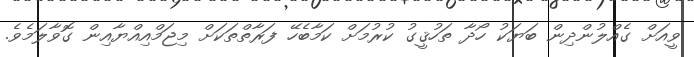
ވީއަށް ގެއްލުންދިން ބަޔަކު ހޯދާ ތަހުޤީގު ކުރުމަށް ކަމާބެހޭ ފަރާތްތަކަށް މިޖަމްއިއްޔާއިން ގޮވާލަމެވެ.